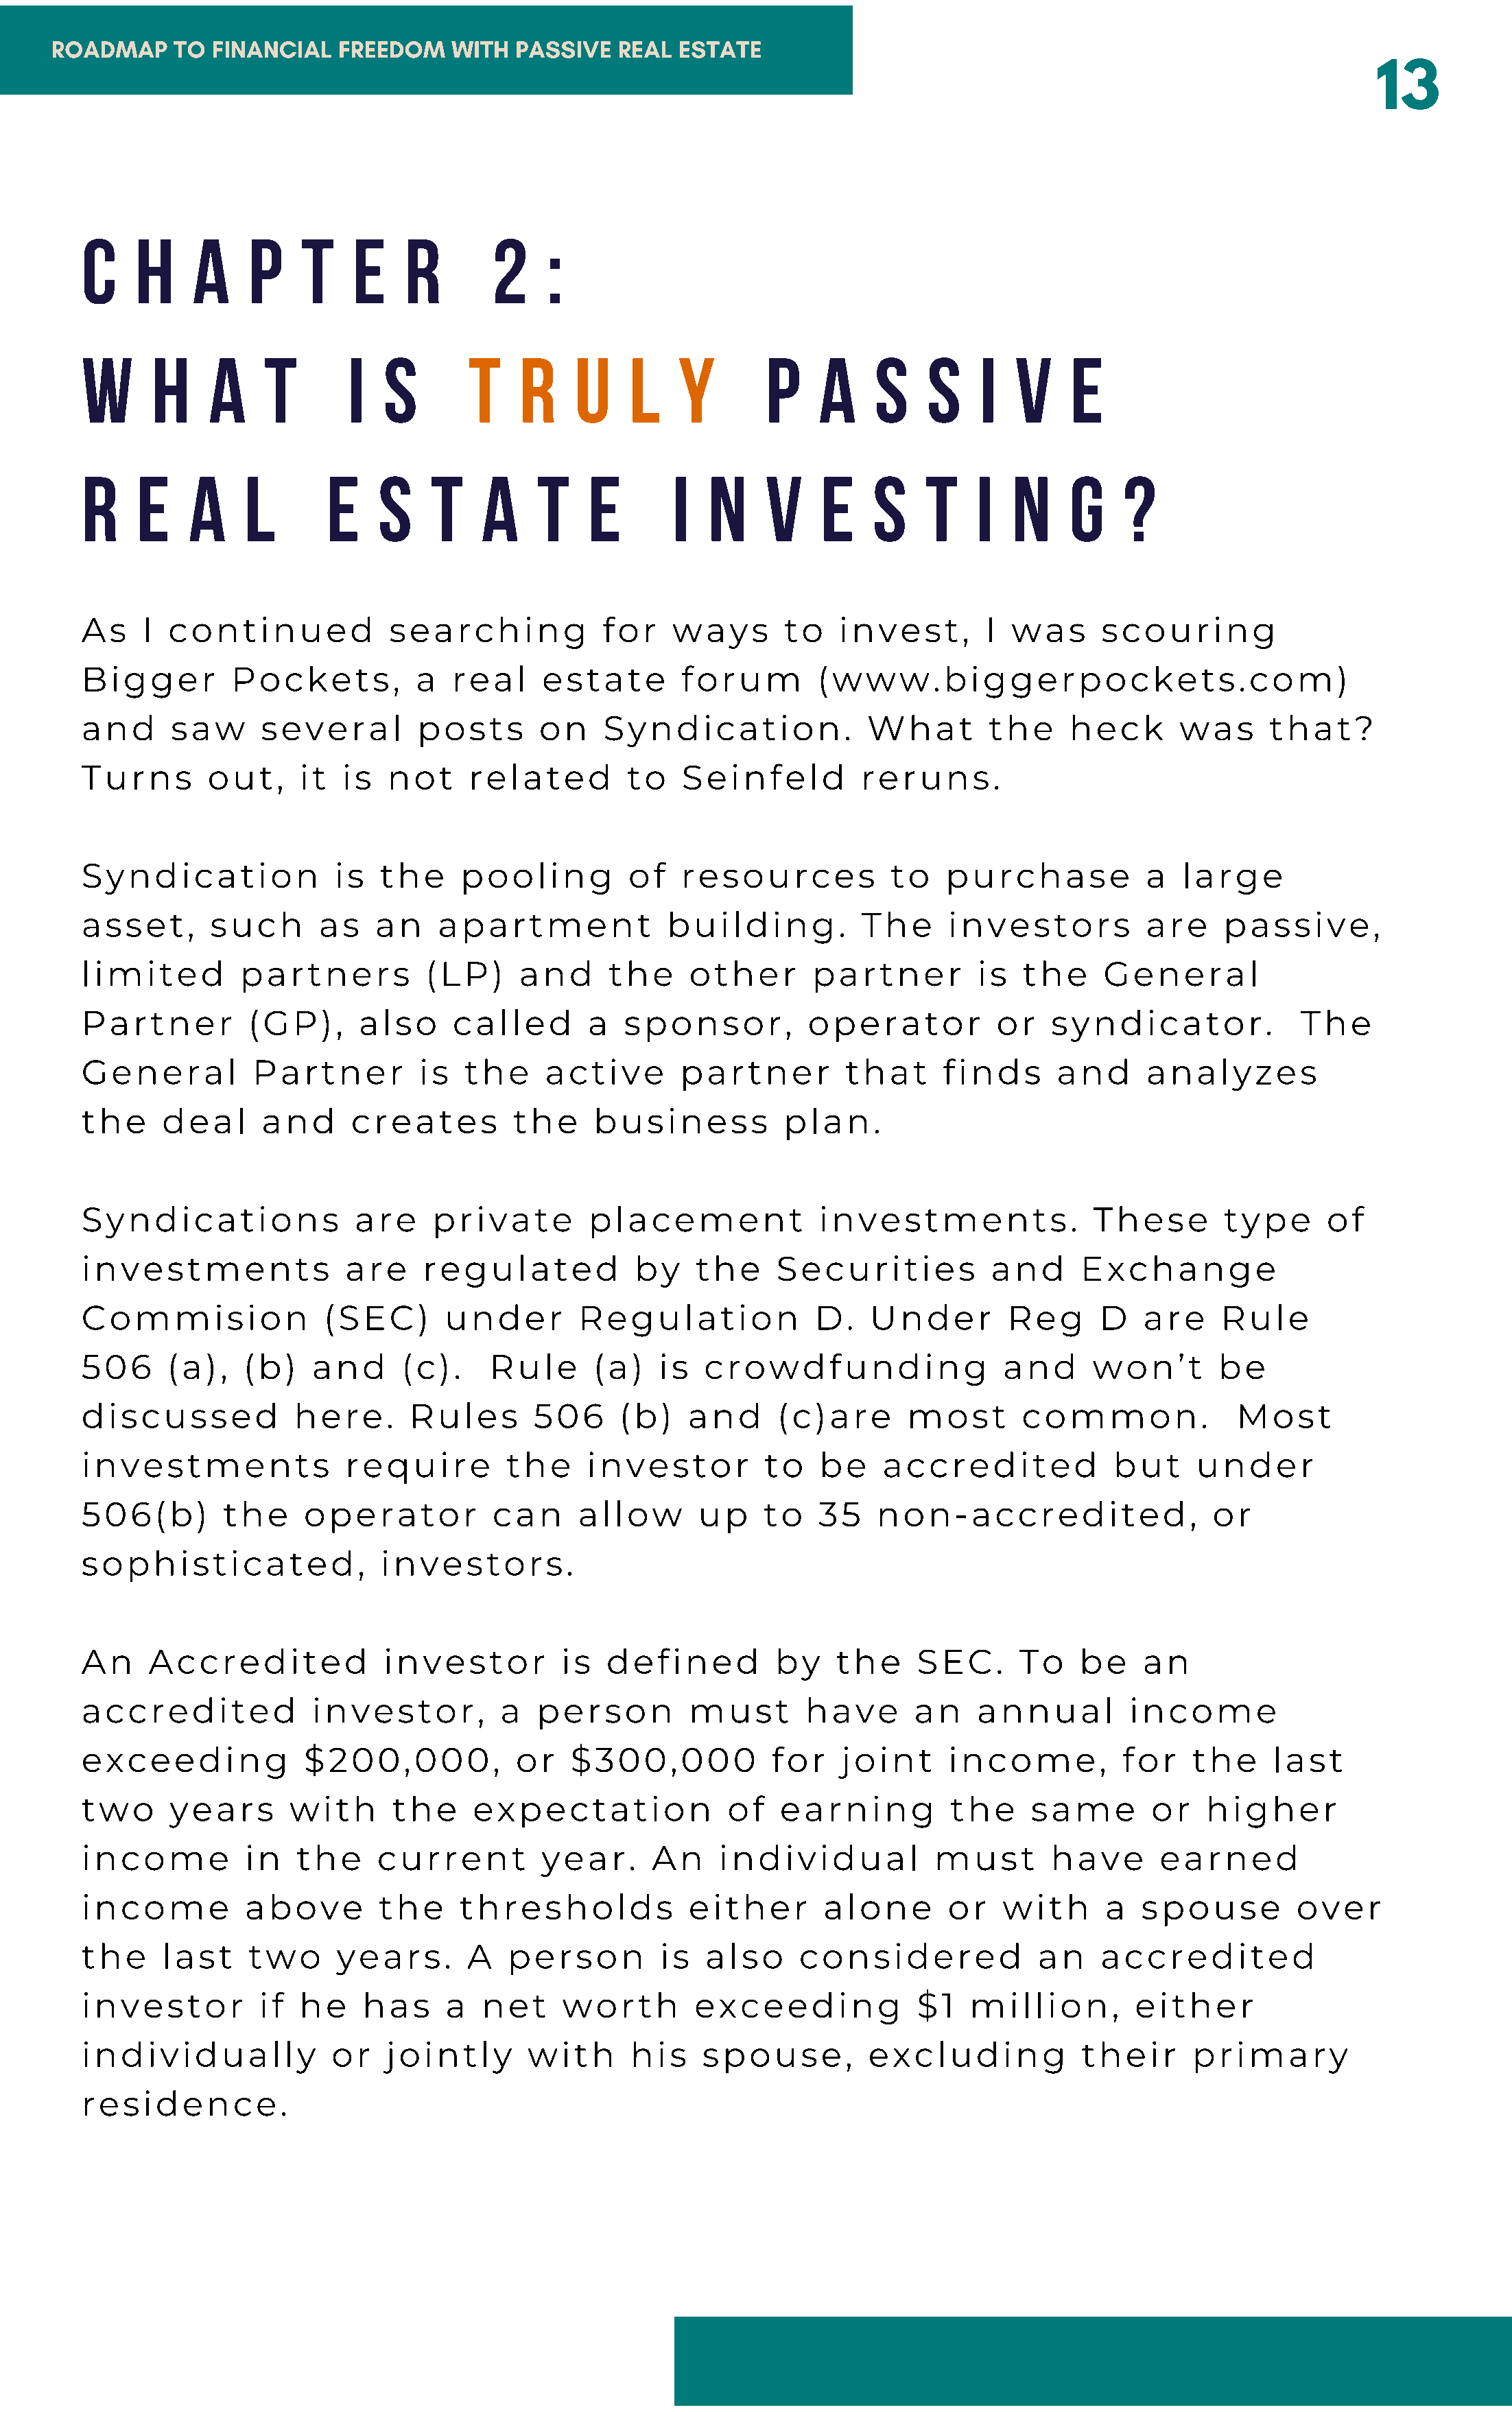
ROADMAP     TO FINANCIAL    FREEDOM    WITH  PASSIVE   REAL ESTATE
 13
 C    H     A    P    T    E    R       2     :
 W      H    A    T        I  S       T    R    U     L   Y        P    A    S    S    I   V    E
 R    E    A     L      E    S     T   A     T    E       I  N     V    E    S    T    I   N    G    ?
 As    I continued             searching           for    ways       to   invest,       I  was     scouring
 Bigger        Pockets,          a   real    estate        forum        (www.biggerpockets.com)
 and     saw      several        posts       on    Syndication.              What       the     heck       was     that?
 Turns       out,     it  is  not     related        to    Seinfeld         reruns.
 Syndication             is   the    pooling          of   resources           to   purchase            a  large
 asset,      such       as   an    apartment             building.          The     investors           are    passive,
 limited        partners          (LP)     and      the    other       partner         is   the    General
 Partner         (GP),      also     called       a  sponsor,          operator          or   syndicator.             The
 General         Partner         is   the     active       partner         that     finds      and      analyzes
 the     deal     and      creates         the    business           plan.
 Syndications              are     private        placement             investments.              These        type      of
 investments              are     regulated           by    the     Securities           and     Exchange
 Commision              (SEC)       under        Regulation             D.   Under        Reg      D   are     Rule
 506     (a),   (b)    and      (c).    Rule      (a)    is  crowdfunding                 and     won’t        be
 discussed           here.      Rules       506      (b)   and      (c)are       most       common.             Most
 investments              require         the     investor         to   be    accredited            but     under
 506(b)        the    operator           can     allow      up     to   35    non-accredited,                 or
 sophisticated,               investors.
 An    Accredited             investor         is   defined         by    the    SEC.      To    be    an
 accredited            investor,         a   person        must        have      an    annual         income
 exceeding            $200,000,            or   $300,000           for    joint     income,          for    the     last
 two     years       with      the     expectation             of   earning          the    same        or   higher
 income          in   the    current         year.      An    individual           must       have       earned
 income          above        the    thresholds            either       alone       or    with      a  spouse         over
 the     last    two     years.       A   person         is  also     considered             an    accredited
 investor         if  he    has     a  net     worth        exceeding            $1    million,       either
 individually            or   jointly       with      his    spouse,         excluding           their      primary
 residence.